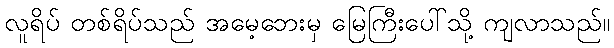
လူရိပ် တစ်ရိပ်သည် အမေ့ဘေးမှ မြေကြီးပေါ်သို့ ကျလာသည်။